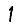
Digit: 1